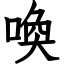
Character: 喚